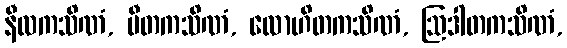
နီလကသိဏံ, ပီတကသိဏံ, လောဟိတကသိဏံ, ဩဒါတကသိဏံ,